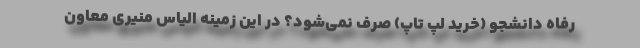
رفاه دانشجو (خرید لپ تاپ) صرف نمی‌شود؟ در این زمینه الیاس منیری معاون